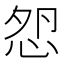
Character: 𢘵